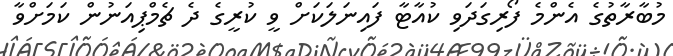
މުބާރާތުގެ އެންމެ ފޯރިގަދަވި ކުއާޓާ ފައިނަލަކަށް ވީ ކުރީގެ ދެ ޗެމްޕިއަނުން ކަމަށްވާ